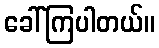
ခေါ်ကြပါတယ်။